Annual vaccination report of Bihar and Orissa - 1911-1928
Year: 1911
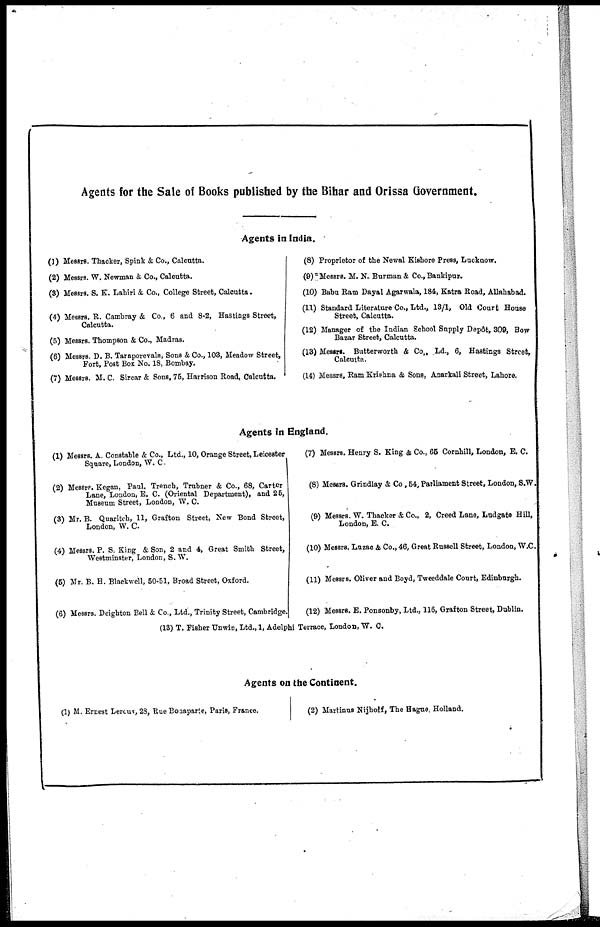
Agents for the Sale of Books published by the Bihar and Orissa Government.
Agents in India.
(1) Messrs. Thacker, Spink & Co., Calcutta.
(2) Messrs. W. Newman & Co., Calcutta.
(3) Messrs. S. K. Lahiri & Co., College Street, Calcutta.
(4) Messrs. R. Cambray & Co., 6 and 8-2, Hastings Street,
Calcutta.
(5) Messrs. Thompson & Co., Madras.
(6) Messrs. D. B. Taraporevala, Sons & Co., 103, Meadow Street,
Fort, Post Box No. 18, Bombay.
(7) Messrs. M. C. Sircar & Sons, 75, Harrison Road, Calcutta.
(8) Proprietor of the Newal Kishore Press, Lucknow.
(9) Messrs. M. N. Burman & Co., Bankipur.
(10) Babu Ram Dayal Agarwala, 184, Katra Road, Allahabad.
(11) Standard Literature Co., Ltd., 18/1, Old Court House
Street, Calcutta.
(12) Manager of the Indian School Supply Depôt, 309, Bow
Bazar Street, Calcutta.
(13) Messrs. Butterworth & Co., Ld., 6, Hastings Street,
Calcutta.
(14) Messrs, Ram Krishna & Sons, Anarkali Street, Lahore.
Agents in England.
(1) Messrs. A. Constable & Co., Ltd., 10, Orange Street, Leicester
Square, London, W. C.
(2) Messrs. Kegan, Paul, Trench, Trubner & Co., 68, Carter
Lane, London, E. C. (Oriental Department), and 25,
Museum Street, London, W. C.
(3) Mr. B. Quaritch, 11, Grafton Street, New Bond Street,
London, W. C.
(4) Messrs. P. S. King & Son, 2 and 4, Great Smith Street,
Westminster, London, S. W.
(5) Mr. B. H. Blackwell, 50-51, Broad Street, Oxford.
(6) Messrs. Deighton Bell & Co., Ltd., Trinity Street, Cambridge.
(7) Messrs. Henry S. King & Co., 65 Cornhill, London, E. C.
(8) Messrs. Grindlay & Co., 54, Parliament Street, London, S.W.
(9) Messrs. W. Thacker & Co., 2, Creed Lane, Ludgate Hill,
London, E. C.
(10) Messrs. Luzac & Co., 46, Great Russell Street, London, W.C.
(11) Messrs. Oliver and Boyd, Tweeddale Court, Edinburgh.
(12) Messrs. E. Ponsonby, Ltd., 116, Grafton Street, Dublin.
(13) T. Fisher Unwin, Ltd., 1, Adelphi Terrace, London, W. C.
Agents on the Continent.
(1) M. Ernest Leroux, 28, Rue Bonaparte, Paris, France.
(2) Martinus Nijhoff, The Hague, Holland.